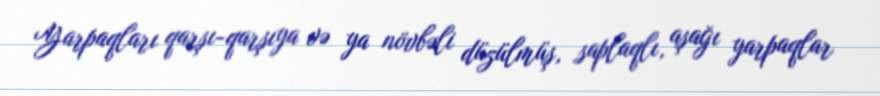
Yarpaqları qarşı-qarşıya və ya növbəli düzülmüş, saplaqlı, aşağı yarpaqlar